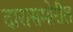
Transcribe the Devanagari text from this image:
दारासमोरील